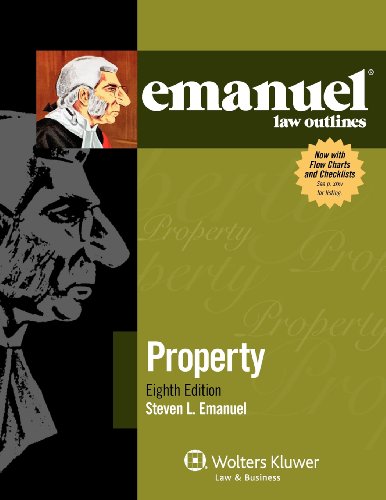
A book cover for Emanuel Law Outlines: Property, Eighth Edition; Steven L. Emanuel; Business & Money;